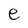
Character: e